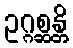
ဥဂ္ဂစ္ဆန္တိ